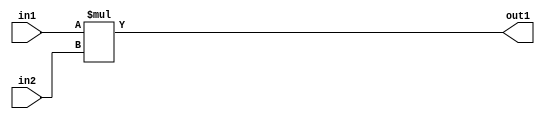
`timescale 1ps / 1ps
/*****************************************************************************
    Verilog RTL Description
    
    
    Created by: Stratus DpOpt 21.05.01 
*******************************************************************************/

module SobelFilter_Mul_24Ux24U_34U_4 (
	in2,
	in1,
	out1
	); /* architecture "behavioural" */ 
input [23:0] in2,
	in1;
output [33:0] out1;
wire [33:0] asc001;

assign asc001 = 
	+(in1 * in2);

assign out1 = asc001;
endmodule

/* CADENCE  urnzSQ4= : u9/ySxbfrwZIxEzHVQQV8Q== ** DO NOT EDIT THIS LINE ******/